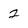
Character: 2